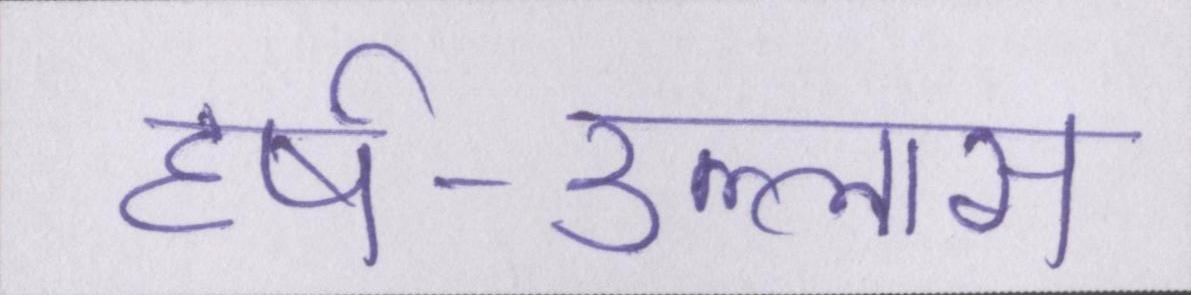
हर्ष-उल्लास